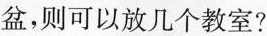
盆，则可以放几个教室?